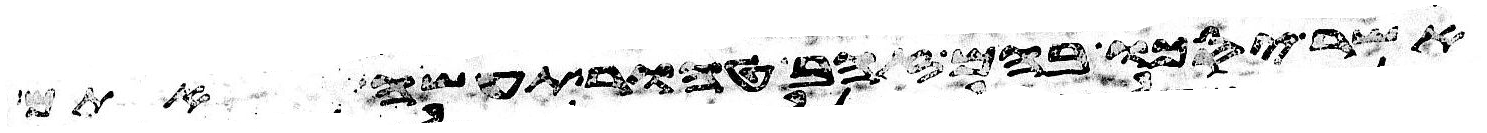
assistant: אשר יסכו בהם זהב טהור תעשה אתם